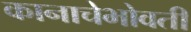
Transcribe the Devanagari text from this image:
कानाचेभोवती